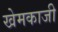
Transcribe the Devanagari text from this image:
खेमकाजी